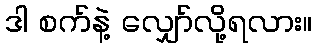
ဒါ စက်နဲ့ လျှော်လို့ရလား။